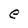
Character: e